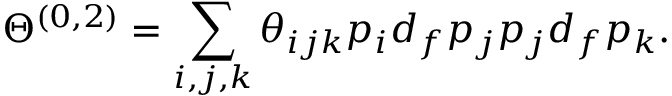
\Theta ^ { ( 0 , 2 ) } = \sum _ { i , j , k } \theta _ { i j k } p _ { i } d _ { f } p _ { j } p _ { j } d _ { f } p _ { k } .